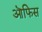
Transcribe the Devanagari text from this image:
ऒफिस